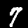
Digit: 7